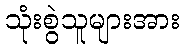
သုံးစွဲသူများအား